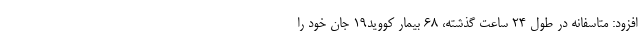
افزود: متاسفانه در طول ۲۴ ساعت گذشته، ۶۸ بیمار کووید۱۹ جان خود را